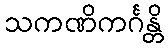
သကဏိကင်္ဂန္တိ